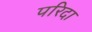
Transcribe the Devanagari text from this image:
परिदा